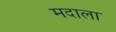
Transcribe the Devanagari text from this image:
मदाला